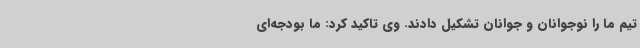
تیم ما را نوجوانان و جوانان تشکیل دادند. وی تاکید کرد: ما بودجه‌ای